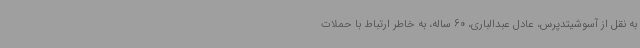
به نقل از آسوشیتدپرس، عادل عبدالباری، 60 ساله، به خاطر ارتباط با حملات